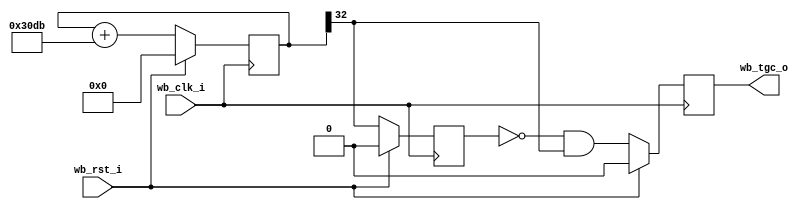
module timer #(
    parameter res   = 33,   // bit resolution (default: 33 bits)
    parameter phase = 12507 // phase value for the counter
  )
  (
    input      wb_clk_i,	  	// Wishbone slave interface
    input      wb_rst_i,
    output reg wb_tgc_o   		// Interrupt output
  );

  reg [res-1:0] cnt;
  reg           old_clk2;
  wire          clk2;

  // Continuous assignments
  assign clk2 = cnt[res-1];

  // Behaviour
  always @(posedge wb_clk_i)
    cnt <= wb_rst_i ? 0 : (cnt + phase);

  always @(posedge wb_clk_i)
    old_clk2 <= wb_rst_i ? 1'b0 : clk2;

  always @(posedge wb_clk_i)
    wb_tgc_o <= wb_rst_i ? 1'b0 : (!old_clk2 & clk2);

// --------------------------------------------------------------------
endmodule